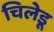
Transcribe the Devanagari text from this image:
चिलेडू